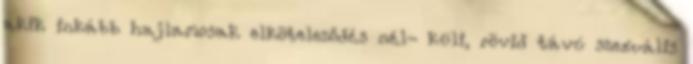
akik inkább hajlamosak elköteleződés nél- küli, rövid távú szexuális